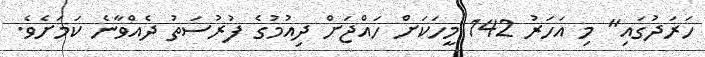
ހަރަދުގައި" މި އަހަރު 142 މީހަކަށް ހައްޖަށް ދިއުމުގެ ފުރުސަތު ދެއްވާނެ ކަމަށެވެ.